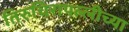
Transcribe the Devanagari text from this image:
तिरुचिरापल्लीच्या